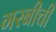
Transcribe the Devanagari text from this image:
गरबीची